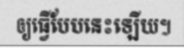
ឲ្យធ្វើបែបនេះឡើយ។